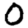
Digit: 0